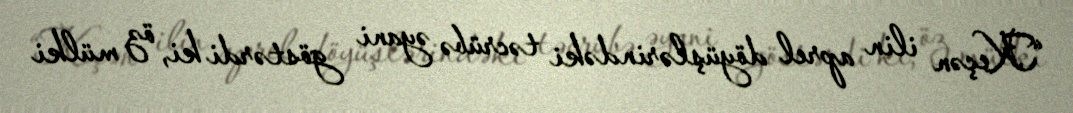
“Keçən ilin aprel döyüşlərindəki təcrübə əyani göstərdi ki, öz mülki